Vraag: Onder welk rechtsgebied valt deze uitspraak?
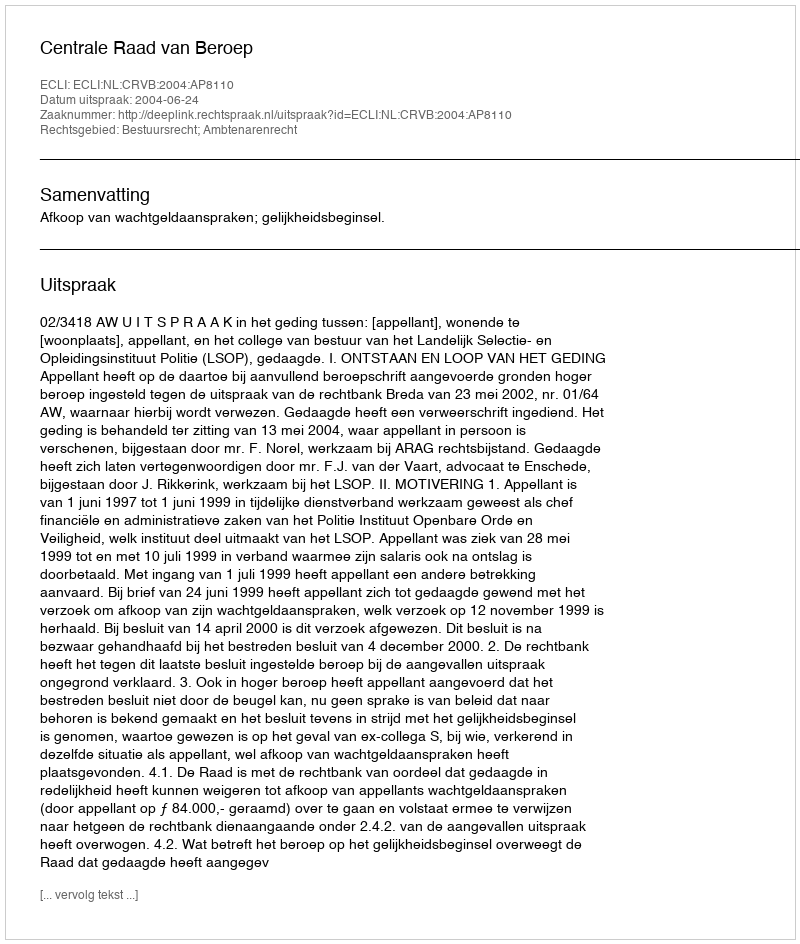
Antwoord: Bestuursrecht; Ambtenarenrecht